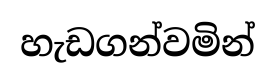
හැඩගන්වමින්